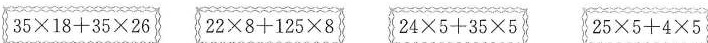
$$3 5 \times 1 8 + 3 5 \times 2 6$$ $$2 2 \times 8 + 1 2 5 \times 8$$ $$2 4 \times 5 + 3 5 \times 5$$ $$\left\{ 2 5 \times 5 + 4 \times 5 \right\}$$